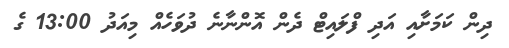
ދިން ކަމަށާއި އަދި ފްލައިޓް ދެން އޮންނާނެ ދުވަހެއް މިއަދު 13:00 ގެ